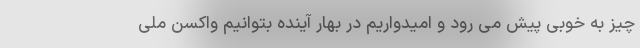
چیز به خوبی پیش می رود و امیدواریم در بهار آینده بتوانیم واکسن ملی